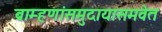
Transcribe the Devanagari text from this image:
ब्राम्हणांसमुदायासमवेत